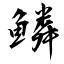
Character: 鱗